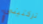
تركتيني